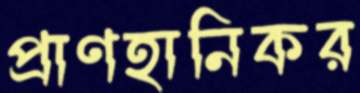
প্রাণহানিকর